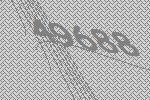
49688